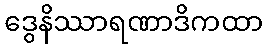
ဒွေနိဿာရဏာဒိကထာ